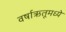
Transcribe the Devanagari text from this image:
वर्षाऋतूमध्ये